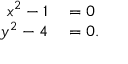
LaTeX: \begin{array} { r l } { x ^ { 2 } - 1 } & { { } = 0 } \\ { y ^ { 2 } - 4 } & { { } = 0 . } \end{array}